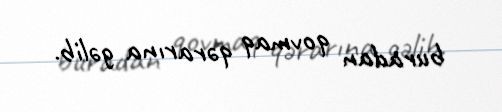
buradan qovmaq qərarına gəlib.